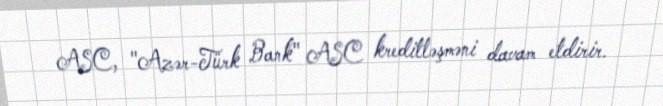
ASC, "Azər-Türk Bank" ASC kreditləşməni davam etdirir.